Vital statistics of India. Vol. VI, European troops 1870-79
Year: 1870
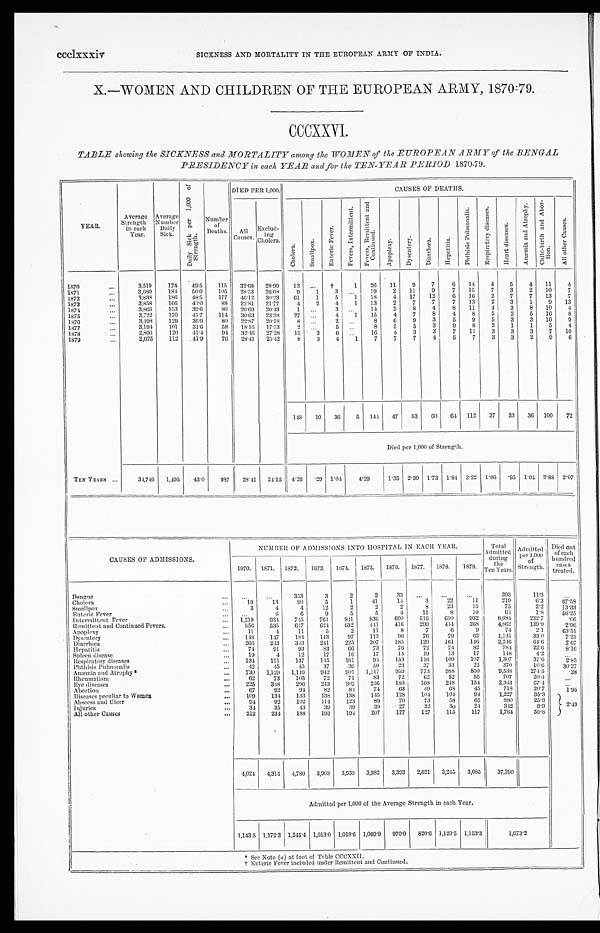
ccclxxxiv SICKNESS AND MORTALITY IN THE EUROPEAN ARMY OF INDIA.
X.—WOMEN AND CHILDREN OF THE EUROPEAN ARMY, 1870-79.
CCCXXVI.
TABLE showing the SICKNESS and MORTALITY among the WOMEN of the EUROPEAN ARMY of the BENGAL
PRESIDENCY in each YEAR and for the TEN-YEAR PERIOD 1870-79 .
YEAR.
Average
Strength
in each
Year.
Average
Number
Daily
Sick.
D a i l y S i c k p e r 1 , 0 0 0 o f S t r e n g t h .
Number
of
Deaths.
DIED PER 1,000.
CAUSES OF DEATHS.
All
Causes.
Exclud-
ing
Cholera.
C h o l e r a .
S m a l l p o x .
E n t e r i c F e v e r .
F e v e r s , I n t e r m i t t e n t .
F e v e r s , R e m i t t e n t a n d C o n t i n u e d .
A p o p l e x y .
D y s e n t e r y .
D i a r r h œ a .
H e p a t i t i s .
P h t h i s i s P u l m o n a l i s .
R e s p i r a t o r y d i s e a s e s .
H e a r t d i s e a s e s .
A n æ m i a a n d A t r o p h y .
C h i l d - b i r t h a n d A b o r - t i o n .
A l l o t h e r C a u s e s .
1870
. . .
3,519
174 49.5 115 32.68 28.99 13 ... †
1 26 11
9
7
6 14
4
5
4 11
4
1871
. . .
3,680
184 50.0 105 28.53 26.08
9
1
3
. . . 19
2 11
9
7 15
7
3
2 10
7
1872
. . .
3,838
186 48.5 177 46.12 30.23 61
1
5
1 18
4 17 12
6 16
2
7
7 13
7
1873
...
3,858
166 43.0
88 22.81 21.77
4
2
4 1 13
2
7
7
7 13
2
3
1
9 13
1874
. . .
3,866 153 39.6
80 20.69 20.43
1 . . .
3
. . . 14
2
8
4
8 11
4
3
8 10
4
1875
. . .
3,722
170 45.7 114 30.63 23.38 27 ...
4
1 15
4
7
8
4
8
5
2
5 16
8
1876
. . .
3,498
129 36.9
80 22.87 20.58
8 ...
2
. . . 8
6
9
3
5
9
5
3
3 10
9
1877
. . .
3,194 101 31.6
58 18.16 17.53
2
. . . 5
. . . 8
5
5
3
9 8
2
1
1
5
4
1878
. . .
2,896
120 41.4
94 32.46 27.28 15
3
6
. . . 16
4
3
3
7 11
3
3
3 7 10
1879
. . .
2,675
112 41.9
76 28.41 25.42
8
3
4
1
7
7
7
4
5
7
3
3
2
9
6
148 10 36
5 144 47 83
6 0 64 112 37 33 36 100 72
Died per 1,000 of Strength.
TEN YEARS ...
34,746 1,495 43.0 987 28.41 24.15 4.26 .29 1.04 4 . 2 9
1.35 2.39 1.73 1.84 3.22 1.06 .95 1.04 2.88 2.07
CAUSES OF ADMISSIONS.
N U M B E R O F A A D M I S S I O N S I N T O H O S P I T A L I N E A C H Y E A R .
Total
Admitted
during t h e
T e n Y e a r s .
Admitted
per 1,000
o f
Strength.
Died out
o f e a c h
h u n d r e d c a s e s
treated.
1870. 1871. 1872. 1873. 1874. 1875. 1876. 1877. 1878. 1879.
Dengue
... ...
. . .
3 5 3
3
2
2
33 ...
. . .
. . .
393
11.3
...
Cholera
...
1 9
13
90
5
1
41
14
3
22
11
219
6.3
67.58
Smallpox
. . .
3
4
4
12
2
2
2
8
23
15
75
2.2
13.33
Enteric Fever
. . . ...
6
6
9
5
5
4
11
8
10
6 4
1 . 8
56.25
Intermittent Fever
... 1,219
934 745 761
841 836
690
516
610
932
8,084
232.7
.06
Remittent and Continued Fevers.
...
556
535
647 624
632
441
416 299 444
268
4,862
139.9
2.96
Apoplexy
. . .
11
4
11
5
2
11
8
7
6
9
74
2.1
63.51
Dysentery
...
148
147
184
143
97
113
96
76
79
62
1,145
33.0
7.25
Diarrhœa
. . .
2 6 6 243 343 241
225 307
185
129 161
146
2,246
64.6
2.67
H e p a t i t i s
...
74
91
93
83
66
73
76
72
74
82
784
22.6
8.16
Spleen disease
...
1 9 4
12
17
16
17
14
19
13
17
148
4.2
. . .
Respiratory diseases
...
1 3 4 151
137
145
161
94
153
116 109
107
1,307
37.6
2.83
Phthisis Pulmonalis
...
42
45
. 4 5
37
36
50
23
37
33
22
370
10.6
30.27
Anæmia and Atrophy *
...
730 1,129 1,149 942 901 1,117
959
773
988
850
9,538
274.5
.38
Rheumatism
...
6 2 73
105
72
71
83
72
62
52
55
707
20.4
. . .
Eye diseases
...
225
348
296 243
302
236
183
108
248
154
2,343
67.4
. . .
Abortion
...
6 7 92
94
82
84
74
63
49
68
45
718
20.7
1.95
Diseases peculiar to Women
. . . 109
134
133
138
138
145
128
104 104
94
1,227
35.3
2 . 4 9
Abscess and Ulcer
. . .
94
92
102
114
123
89
70
73
58
65
880
25.3
Injuries
. . .
34
35
43
39
39
39
27
32
30
24
342
9.9
All other Causes
. . .
212
234
188
193
194 207
177
127
115
117
1,764
50.8
4,024 4,314 4,780 3,908 3,938 3,982 3,393 2,621 3,245 3,085 37,290
Admitted per 1,000 of the Average Strength in each Year.
1,143.5 1,172.3 1,245.4 1,013.0 1,018.6 1,069.9 970.0 820.6 1,120.5 1,153.3
1,073.2
a
) a t f o o t o f T a b l e C C C X X I I .